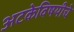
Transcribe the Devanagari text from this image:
अटकेविषयीचे